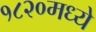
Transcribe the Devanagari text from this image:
१८२०मध्ये